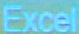
Excel